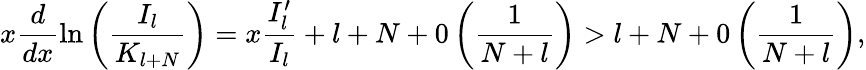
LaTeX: x\displaystyle\frac{d}{dx}\ln\left(\displaystyle\frac{I_{l}}{K_{l+N}}\right)=x\displaystyle\frac{I_{l}^{\prime}}{I_{l}}+l+N+0\left(\displaystyle\frac{1}{N+l}\right)>l+N+0\left(\displaystyle\frac{1}{N+l}\right),